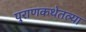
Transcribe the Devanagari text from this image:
पुराणकथेतल्या